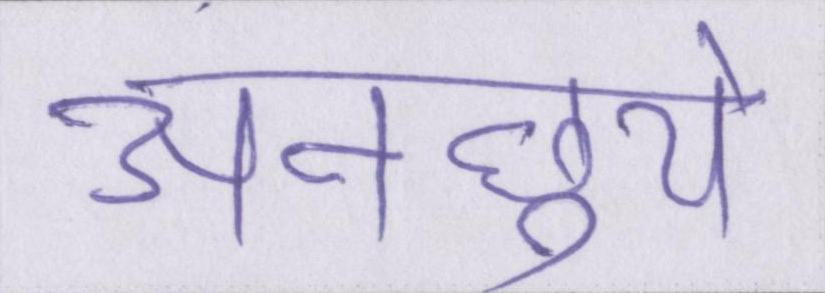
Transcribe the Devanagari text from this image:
अनछुये